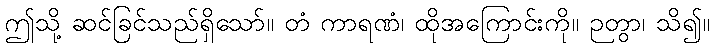
ဤသို့ ဆင်ခြင်သည်ရှိသော်။ တံ ကာရဏံ၊ ထိုအကြောင်းကို။ ဉတွာ၊ သိ၍။